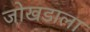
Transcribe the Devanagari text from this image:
जोखडाला